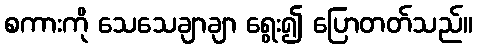
စကားကို သေသေချာချာ ရွေး၍ ပြောတတ်သည်။